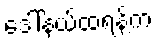
ဒေါ်နယ်ထရန့်က